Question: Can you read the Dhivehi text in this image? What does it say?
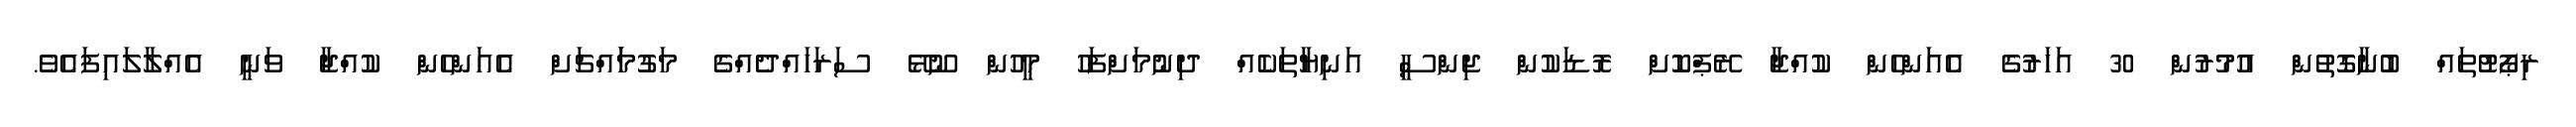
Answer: ރިޕޯޓުތައް ބުނާގޮތުން އުމުރުން 30 އަހަރުގެ އެއަންހެން ކުއްޖާ ރޭޕްކޮށް ރޮޑަކުން ޖިންސީ އަނިޔާތަކެއް ދިނުމަށްފަހު މީހުން ނޫޅޭ ސަރަހައްދެއްގެ މަގުމަައްޗަށް އެއަންހެން ކުއްޖާ ވަނީ އެއްލާލައިފައެވެ.